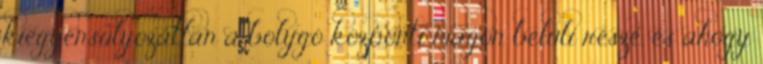
kiegyensúlyozatlan a bolygó központi magon belüli része, és ahogy